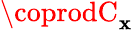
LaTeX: \coprodC_{\mathbf{x}}